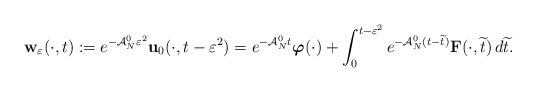
LaTeX: \begin{align*}\mathbf{w}_\varepsilon (\cdot ,t):=e^{-\mathcal{A}_N^0 \varepsilon ^2}\mathbf{u}_0(\cdot ,t-\varepsilon ^2)=e^{-\mathcal{A}_N^0 t}\boldsymbol{\varphi}(\cdot)+\int _0 ^{t-\varepsilon ^2}e^{-\mathcal{A}_N^0 (t-\widetilde{t})}\mathbf{F}(\cdot ,\widetilde{t})\,d\widetilde{t}.\end{align*}